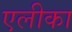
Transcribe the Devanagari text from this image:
एलीका